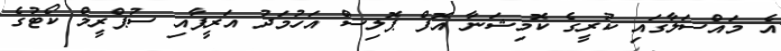
އެ މައްސަލާގައި ކުރީގެ ކޮމިޝަނާ އޮފް ޕޮލިސް އަހުމަދު އަރީފާއި ސުޕްރީމް ކޯޓުގެ